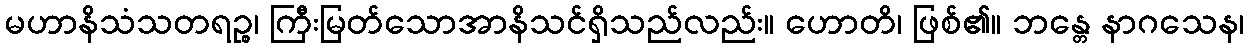
မဟာနိသံသတရဉ္စ၊ ကြီးမြတ်သောအာနိသင်ရှိသည်လည်း။ ဟောတိ၊ ဖြစ်၏။ ဘန္တေ နာဂသေန၊